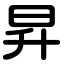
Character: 昇